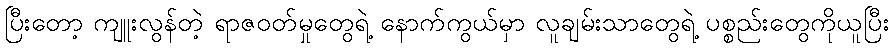
ပြီးတော့ ကျူးလွန်တဲ့ ရာဇဝတ်မှုတွေရဲ့ နောက်ကွယ်မှာ လူချမ်းသာတွေရဲ့ ပစ္စည်းတွေကိုယူပြီး